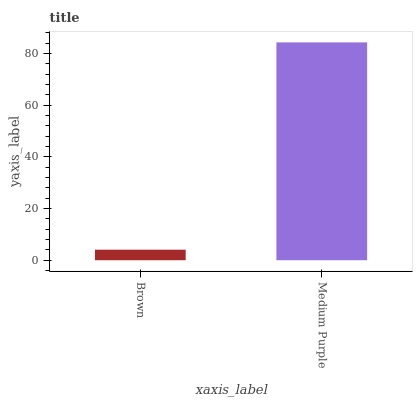
| xaxis_label | bars |
 | --- | --- |
 | Brown | 4.08 |
 | Medium Purple | 84.3 |